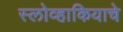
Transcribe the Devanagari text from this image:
स्लोव्हाकियाचे